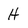
Character: H